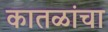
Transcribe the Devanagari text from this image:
कातळांचा